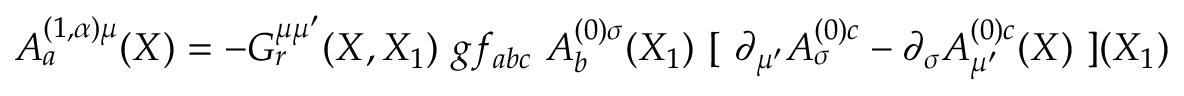
A _ { a } ^ { ( 1 , \alpha ) \mu } ( X ) = - G _ { r } ^ { \mu \mu ^ { \prime } } ( X , X _ { 1 } ) \ g f _ { a b c } \ A _ { b } ^ { ( 0 ) \sigma } ( X _ { 1 } ) \ [ \ \partial _ { \mu ^ { \prime } } A _ { \sigma } ^ { ( 0 ) c } - \partial _ { \sigma } A _ { \mu ^ { \prime } } ^ { ( 0 ) c } ( X ) \ ] ( X _ { 1 } )